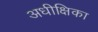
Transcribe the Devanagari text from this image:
अधीक्षिका